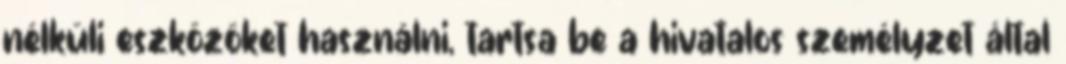
nélküli eszközöket használni, tartsa be a hivatalos személyzet által